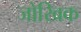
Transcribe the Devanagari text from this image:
जोखिक